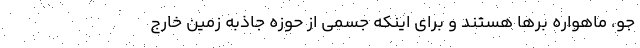
جو، ماهواره برها هستند و برای اینکه جسمی از حوزه جاذبه‌ زمین خارج